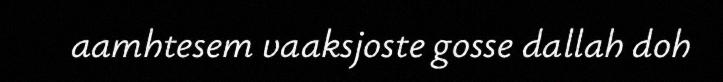
aamhtesem vaaksjoste gosse dallah doh